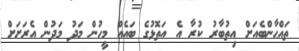
ތައްޙާންބެއަށް އިތުބާރު ކުރާ އެ އަތޮޅުގެ ބައެއް މީހުން މަދު މަދުން އެރަށަށް